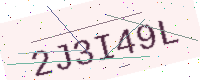
Text: 2J3I49L